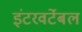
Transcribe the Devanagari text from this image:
इंटरवर्टेबल